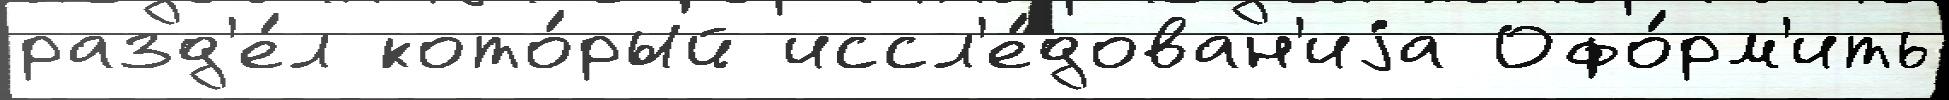
разд'е́л кото́рый иссл'е́дован'иjа Офо́рм'ить